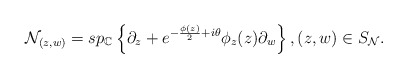
\begin{align*}\mathcal{N}_{(z, w)} = sp_{\mathbb{C}}\left\{\partial_z + e^{-{\phi(z) \over 2} + i\theta}\phi_z(z)\partial_w\right\}, (z, w) \in S_{\mathcal{N}}.\end{align*}